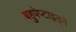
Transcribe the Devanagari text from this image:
बहुपेप्टाइड्ने